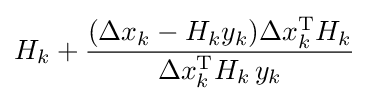
H_{k}+{\frac {(\Delta x_{k}-H_{k}y_{k})\Delta x_{k}^{\mathrm {T} }H_{k}}{\Delta x_{k}^{\mathrm {T} }H_{k}\,y_{k}}}